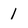
Character: 1